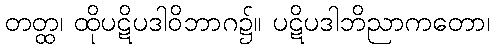
တတ္ထ၊ ထိုပဋိပဒါဝိဘာဂ၌။ ပဋိပဒါဘိညာကတော၊